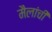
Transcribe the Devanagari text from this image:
मैलांची